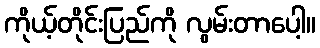
ကိုယ့်တိုင်းပြည်ကို လွမ်းတာပေါ့။